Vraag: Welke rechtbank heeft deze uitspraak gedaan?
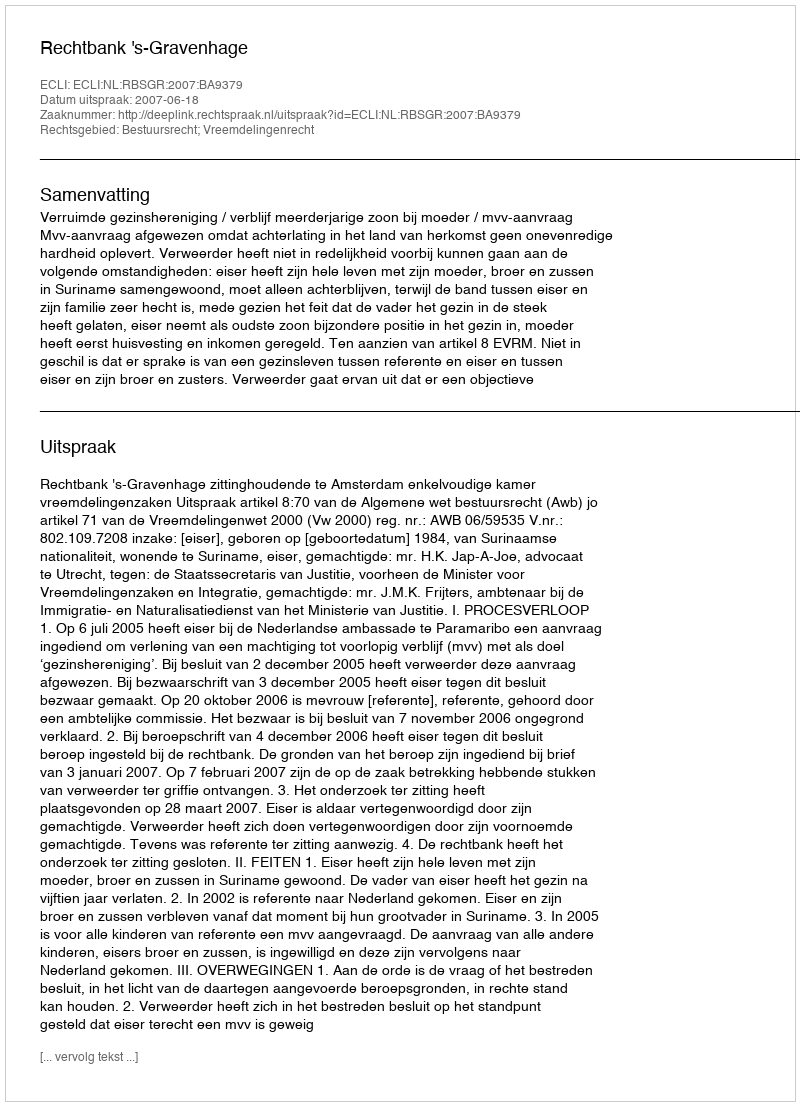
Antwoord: Rechtbank 's-Gravenhage